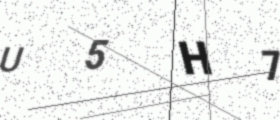
Text: U5H7